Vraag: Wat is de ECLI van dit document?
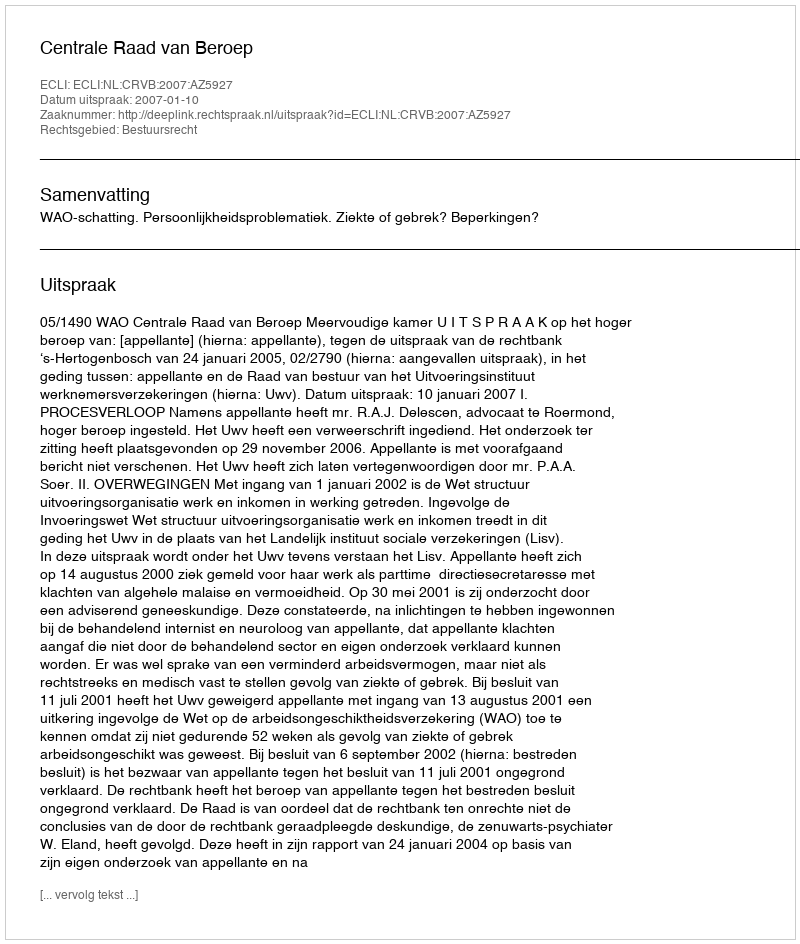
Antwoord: ECLI:NL:CRVB:2007:AZ5927